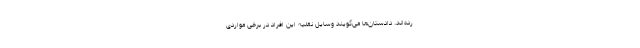
رده‌اند. دادستان‌ها می‌گویند وسایل نقلیه این افراد در برخی مواردی